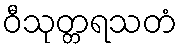
ဝီသုတ္တရသတံ